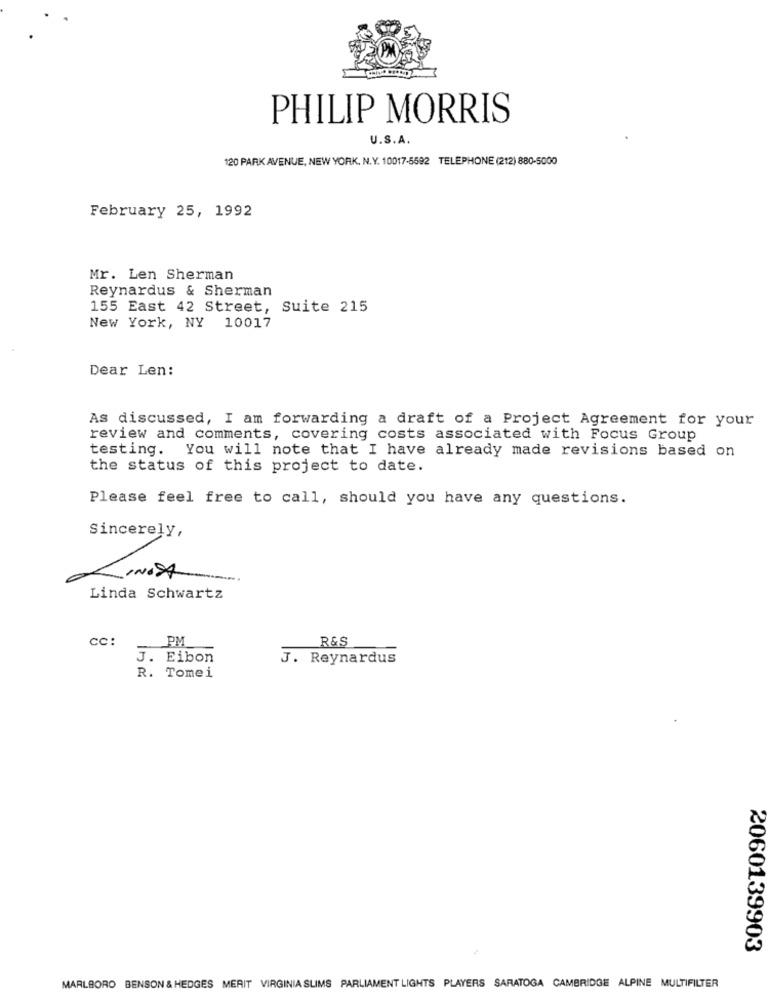
PHILIP MORRIS
U.S.A.
120 PARK AVENUE, NEW YORK, N.Y. 10017-5592 TELEPHONE (212) 880-5000
February 25, 1992
Mr. Len Sherman
Reynardus & Sherman
155 East 42 Street, Suite 215
New York, NY 10017
Dear Len:
As discussed, I am forwarding a draft of a Project Agreement for your
review and comments, covering costs associated with Focus Group
testing. You will note that I have already made revisions based on
the status of this project to date.
Please feel free to call, should you have any questions.
Sincerely,
LINOSA
Linda Schwartz
cc:
R&S
PM
J. Eibon
J. Reynardus
R. Tomei
2060139903
MARLBORO BENSON & HEDGES MERIT VIRGINIA SLIMS PARLIAMENT LIGHTS PLAYERS SARATOGA CAMBRIDGE ALPINE MULTIFILTER